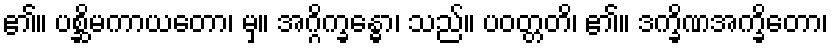
၏။ ပစ္ဆိမကာယတော၊ မှ။ အဂ္ဂိက္ခန္ဓော၊ သည်။ ပဝတ္တတိ၊ ၏။ ဒက္ခိဏအက္ခိတော၊